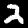
Digit: 2